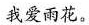
我爱雨花。